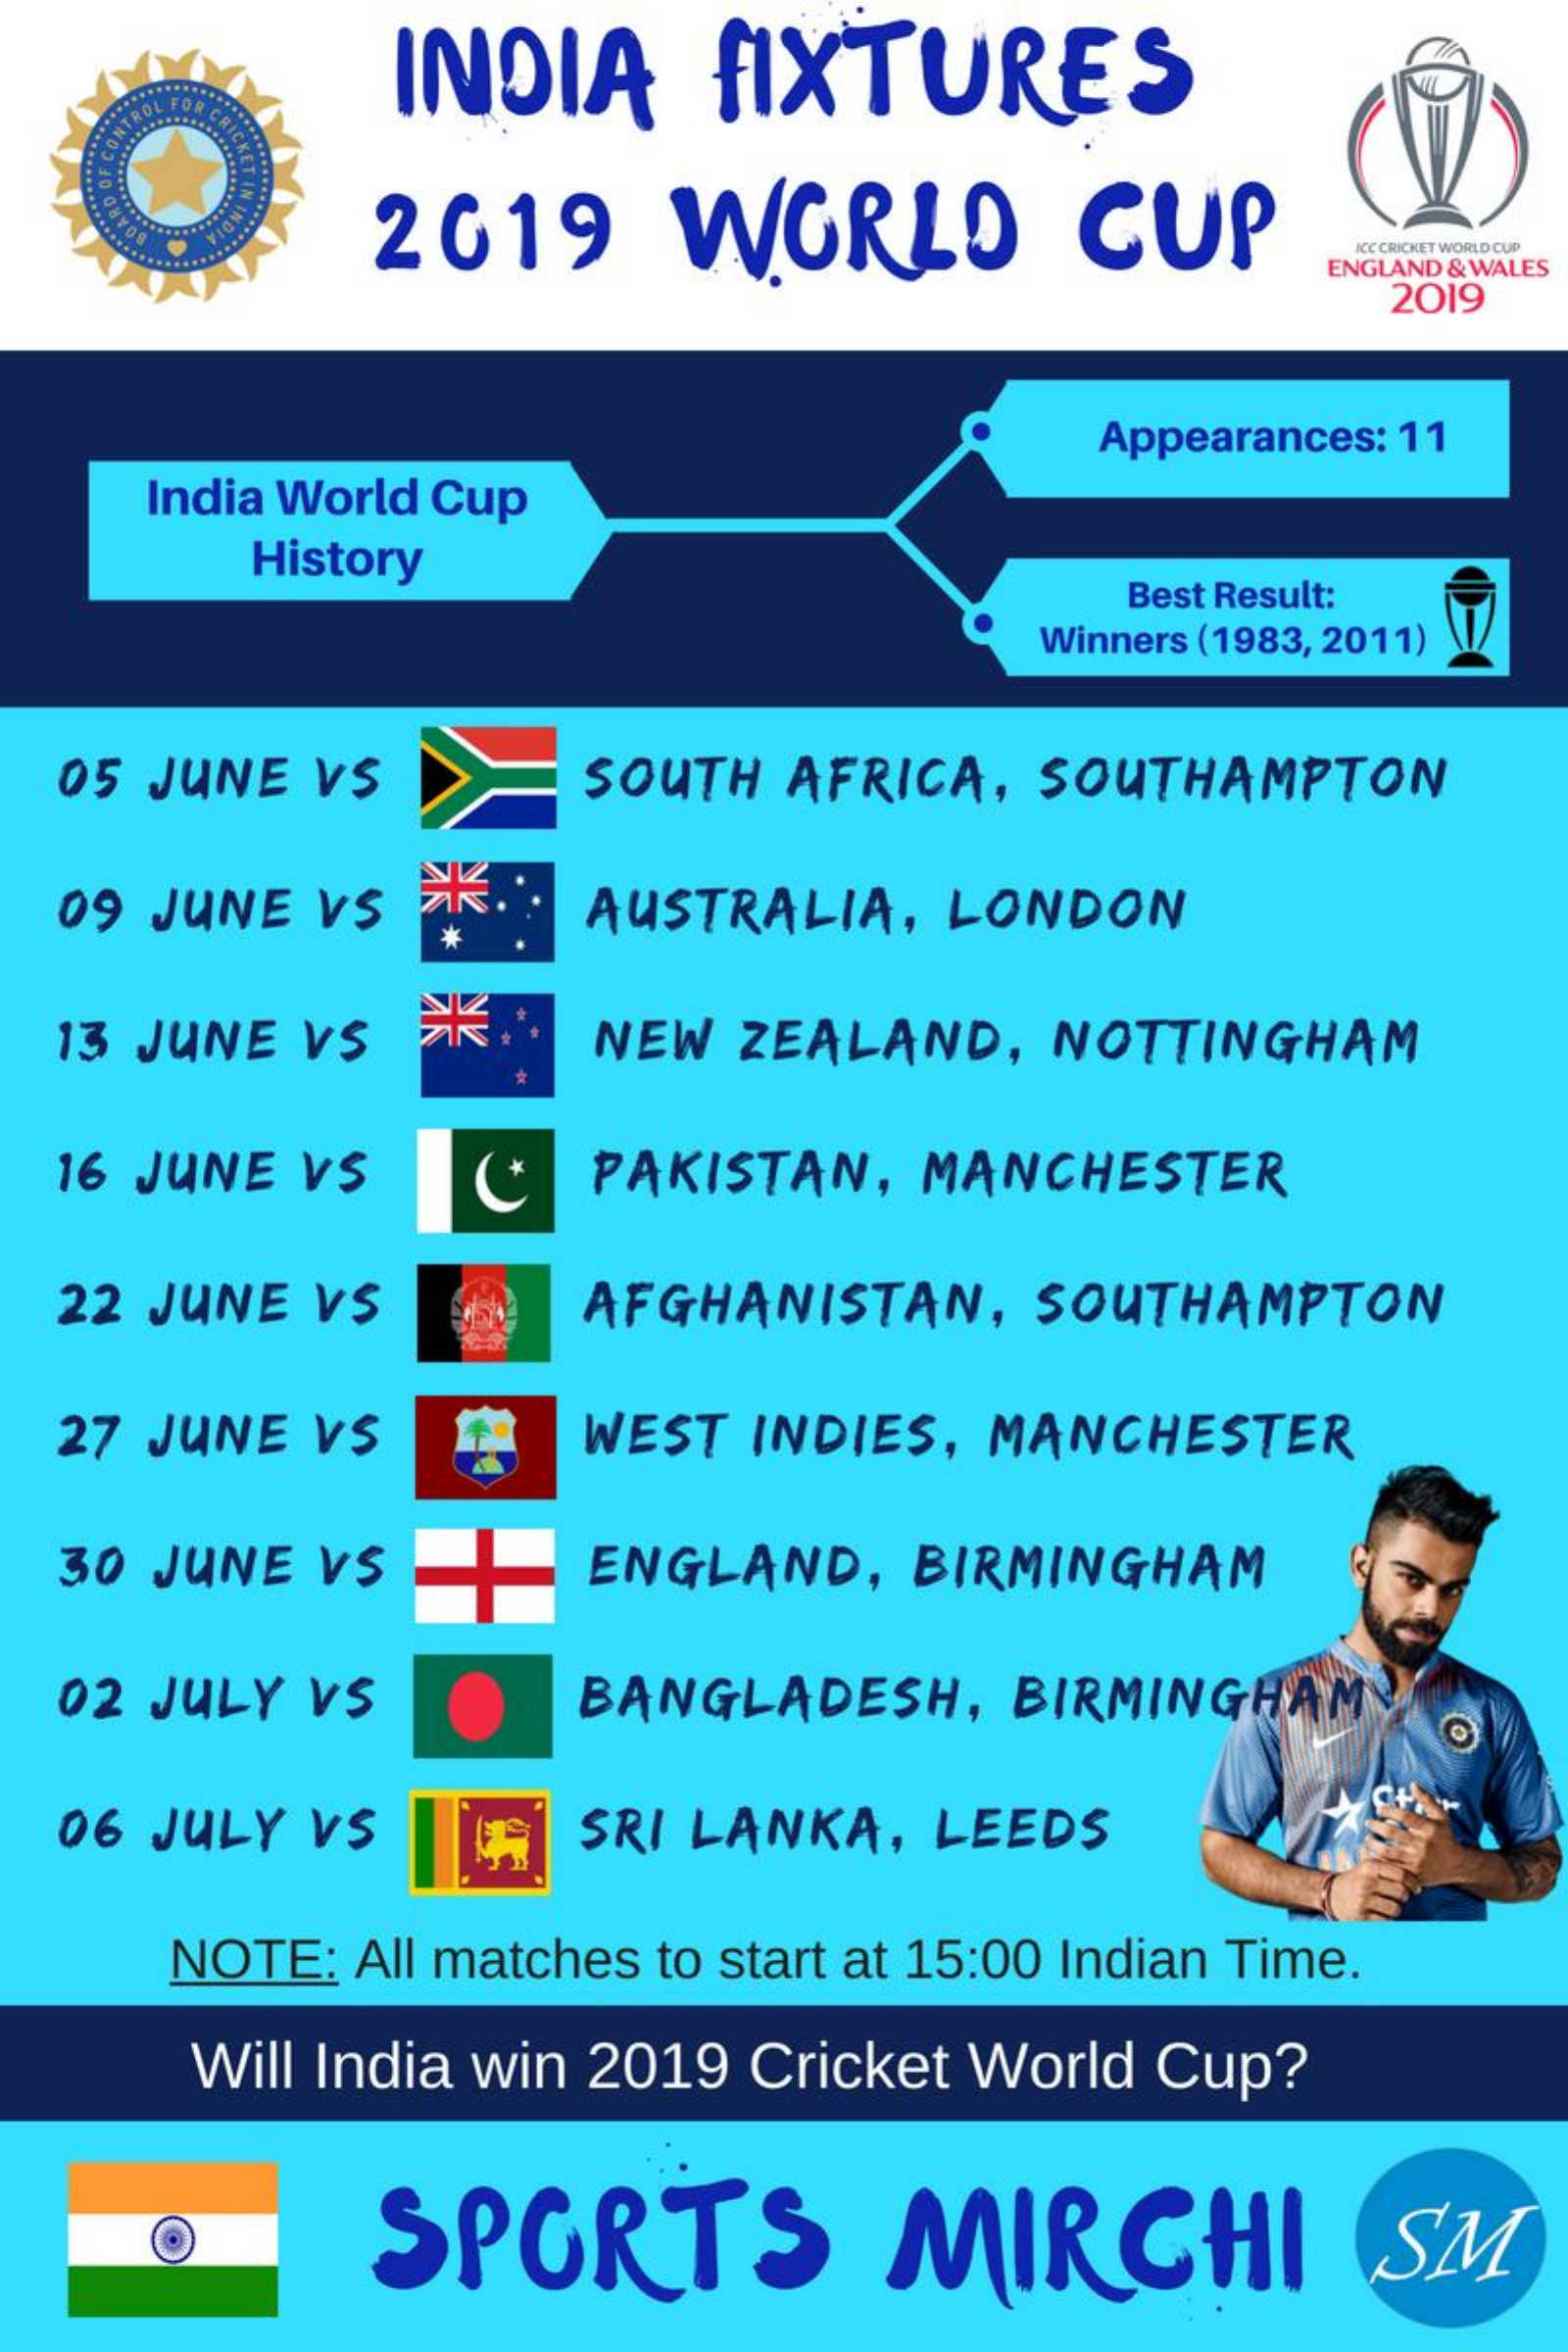
INDIA    FIXTURES
     CKET
     !!
     2019    WORLD    CUP
     ICC CRICKET WORLD CUP
     ENGLAND & WALES
     2019
     Appearances: 11
     India World Cup
     History
     Best Result:
     Winners (1983, 2011)
  05 JUNE  VS    SOUTH AFRICA,  SOUTHAMPTON
  09 JUNE  VS    AUSTRALIA,  LONDON
     *
  13 JUNE VS    NEW  ZEALAND,  NOTTINGHAM
  16 JUNE VS    C   PAKISTAN,  MANCHESTER
  22 JUNE  VS    AFGHANISTAN,   SOUTHAMPTON
  27 JUNE  VS    WEST INDIES, MANCHESTER
  30 JUNE  VS    ENGLAND,   BIRMINGHAM
  02 JULY VS    BANGLADESH,   BIRMINGHAM
  06 JULY VS    SRI LANKA, LEEDS
     NOTE: All matches to start at 15:00 Indian Time.
     Will India win 2019 Cricket World Cup?
     SPORTS    MIRCHI    SM